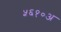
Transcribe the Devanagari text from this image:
५६१०अ